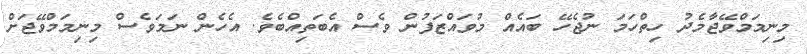
މިނިމަމްވޭޖާމެދު ހިތްހަމަ ނުޖެހޭ ބައެއް މުވައްޒަފުން ވެސް އެބަތިއްބެވެ. އެހެން ނަމަވެސް މިނިމަމްވޭޖަށް